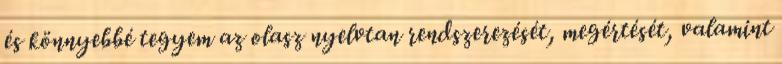
és könnyebbé tegyem az olasz nyelvtan rendszerezését, megértését, valamint